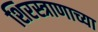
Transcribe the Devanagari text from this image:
शिरस्त्राणाच्या